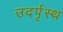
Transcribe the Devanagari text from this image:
उदर्पृस्थ